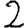
Digit: 2